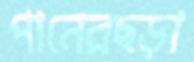
পানেরছড়া